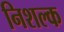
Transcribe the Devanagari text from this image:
निशल्क